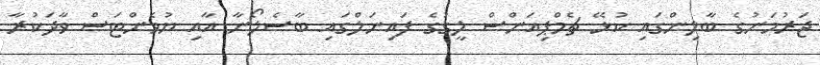
ޖަރުމަނުގެ ބާލިންގައި ކުޅޭ ޗެމްޕިއަންސް ލީގުގެ ފައިނަލްގައި ބާސެލޯނާ އާއި ޔުވެންޓަސް ވާދަކުރާ